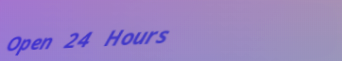
Open 24 Hours